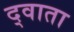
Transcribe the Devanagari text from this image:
द्वाता